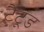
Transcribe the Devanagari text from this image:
टैटूड